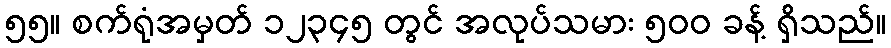
၅၅။ စက်ရုံအမှတ် ၁၂၃၄၅ တွင် အလုပ်သမား ၅၀၀ ခန့် ရှိသည်။